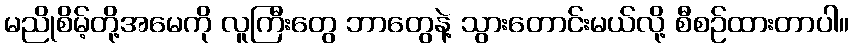
မညိုစိမ့်တို့အမေကို လူကြီးတွေ ဘာတွေနဲ့ သွားတောင်းမယ်လို့ စီစဉ်ထားတာပါ။